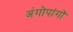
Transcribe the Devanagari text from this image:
अंगोपांगों